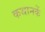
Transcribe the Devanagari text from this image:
कथानकें